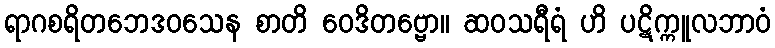
ရာဂစရိတဘေဒဝသေန စာတိ ဝေဒိတဗ္ဗော။ ဆဝသရီရံ ဟိ ပဋိက္ကူလဘာဝံ